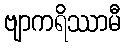
ဗျာကရိဿာမီ